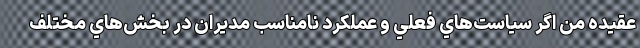
عقيده من اگر سياست‌هاي فعلي و عملکرد نامناسب مديران در بخش‌هاي مختلف